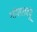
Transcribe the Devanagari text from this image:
गोपालचंपू